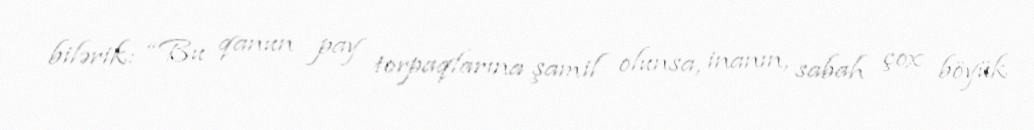
bilərik: “Bu qanun pay torpaqlarına şamil olunsa, inanın, sabah çox böyük